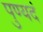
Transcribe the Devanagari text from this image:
पुण्यदं